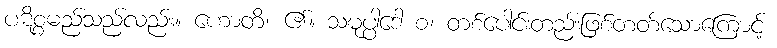
ပဋိစ္စမည်သည်လည်း။ ဟောတိ၊ ၏။ သမုပ္ပါဒေါ စ၊ တစ်ပေါင်းတည်းဖြစ်တတ်သောကြောင့်